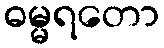
ဓမ္မရတော